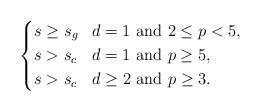
LaTeX: \begin{align*}\left\{\begin{aligned}&s\geq s_g&&d=1\textup{ and }2\leq p<5,\\&s>s_c&&d=1\textup{ and }p\geq 5,\\&s>s_c&&d\geq 2\textup{ and }p\geq3.\end{aligned}\right.\end{align*}